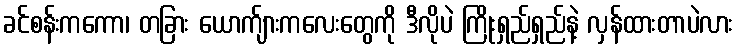
ခင်စန်းကကော၊ တခြား ယောက်ျားကလေးတွေကို ဒီလိုပဲ ကြိုးရှည်ရှည်နဲ့ လှန်ထားတာပဲလား